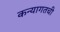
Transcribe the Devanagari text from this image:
कन्यागतची